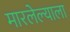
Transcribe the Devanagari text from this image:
मारलेल्‍याला